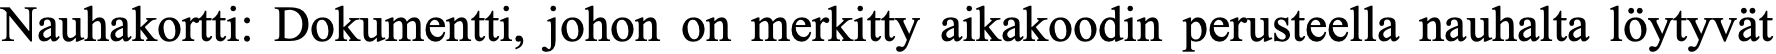
Nauhakortti: Dokumentti, johon on merkitty aikakoodin perusteella nauhalta löytyvät